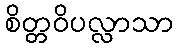
စိတ္တဝိပလ္လာသာ